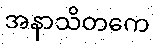
အနာသိတကေ